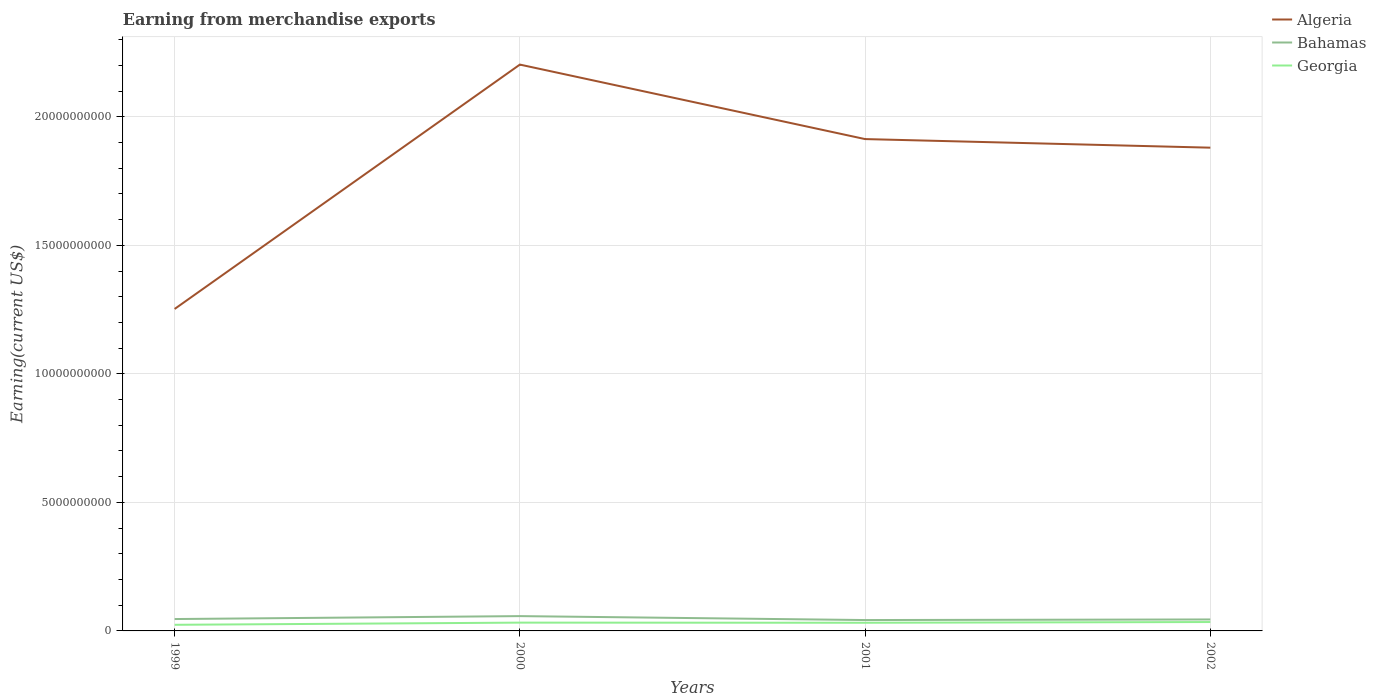
| Years | Algeria | Bahamas | Georgia |
 | --- | --- | --- | --- |
 | 1999 | 1.25e+10 | 4.62e+08 | 2.38e+08 |
 | 2000 | 2.2e+10 | 5.76e+08 | 3.23e+08 |
 | 2001 | 1.91e+10 | 4.23e+08 | 3.18e+08 |
 | 2002 | 1.88e+10 | 4.46e+08 | 3.46e+08 |